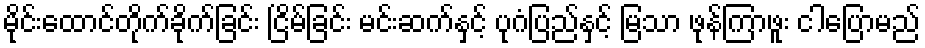
မိုင်းထောင်တိုက်ခိုက်ခြင်း ငြိမ်ခြင်း မင်းဆက်နှင့် ပုဂံပြည်နှင့် မြသာ ဖုန်ကြာဖူး ငါပြောမည်